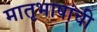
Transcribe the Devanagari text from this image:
मातृभाषांची